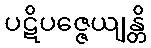
ပဋိပဇ္ဇေယျန္တိ